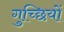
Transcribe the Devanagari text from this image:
गुच्छियों